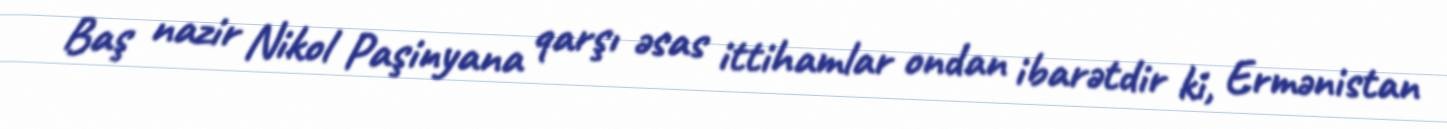
Baş nazir Nikol Paşinyana qarşı əsas ittihamlar ondan ibarətdir ki, Ermənistan